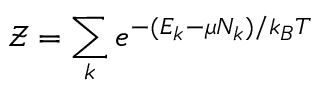
{ \mathcal { Z } } = \sum _ { k } e ^ { - ( E _ { k } - \mu N _ { k } ) / k _ { B } T }